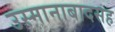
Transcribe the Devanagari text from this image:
उस्मानाबादसह